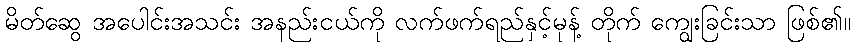
မိတ်ဆွေ အပေါင်းအသင်း အနည်းငယ်ကို လက်ဖက်ရည်နှင့်မုန့် တိုက် ကျွေးခြင်းသာ ဖြစ်၏။